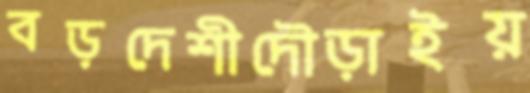
বড়দেশীদৌড়াইয়